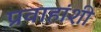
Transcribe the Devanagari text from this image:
प्रवाहांशी